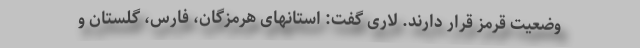
وضعیت قرمز قرار دارند. لاری گفت: استانهای هرمزگان، فارس، گلستان و